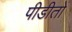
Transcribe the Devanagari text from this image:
पीडीतों